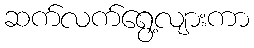
ဆက်လက်ရွေ့လျားကာ